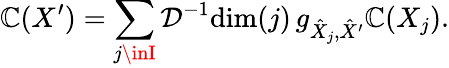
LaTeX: \mathbb{C}(X^{\prime})=\sum_{j\inI}\mathcal{{D}}^{-1}\mathrm{{dim}}(j)\, g_{\hat{{X}}_{j},\hat{{X}}^{\prime}}\mathbb{C}(X_{j}).